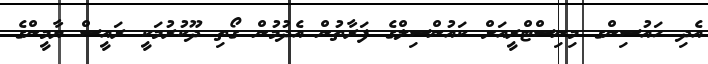
އެދި ހައުސިންގ މިނިސްޓްރީއަށް ކައުންސިލްގެ ފަރާތުން އެދުމުން ގޯތި ދޫކުރުމަކީ ރައީސް ޔާމީންގެ